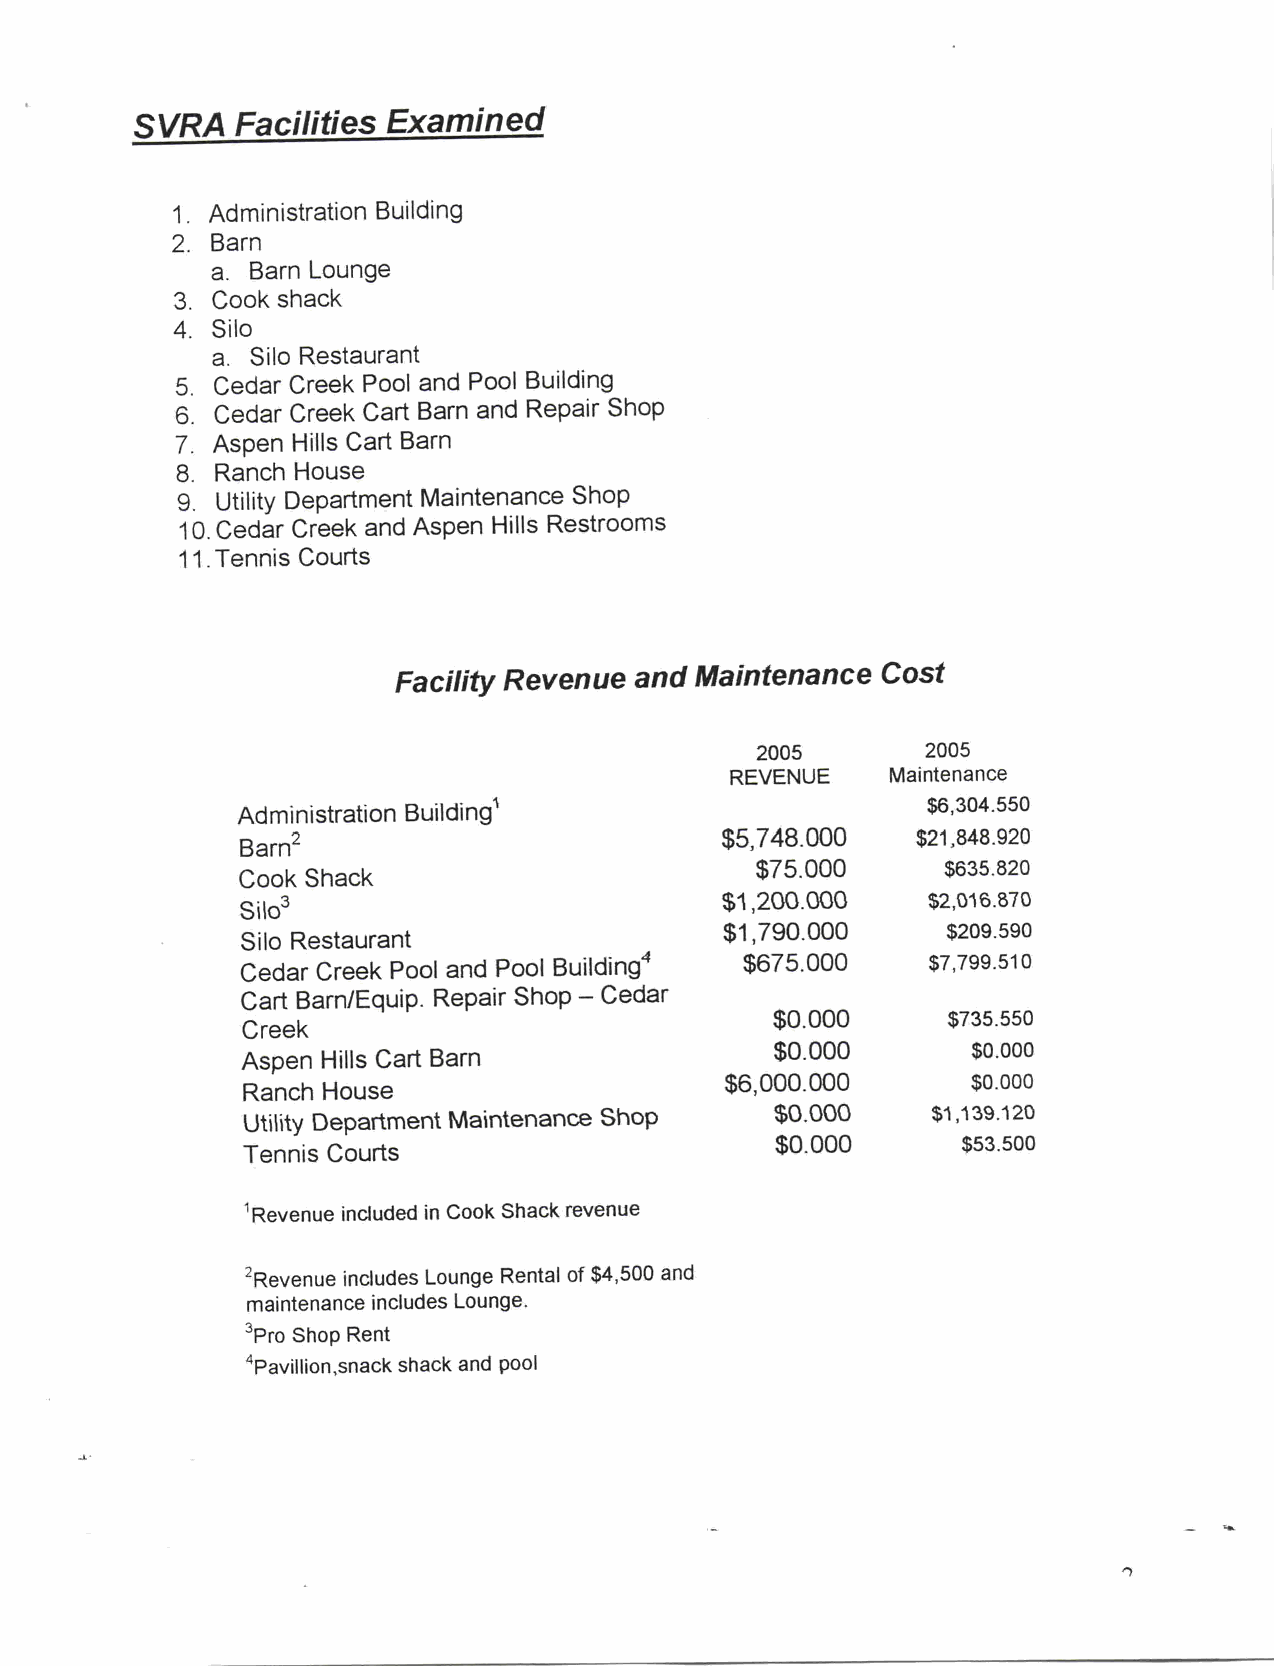
SVRA   Facilities Examined
 1  Administration Building
 2  Barn
 a  Barn Lounge
 3  Cook shack
 4  Silo
 a  Silo Restaurant
 5 Cedar Creek Pool and Pool Building
 6 Cedar Creek Cart Barn and Repair Shop
 7 Aspen Hills Cart Barn
 8 Ranch House
 Utility Department Maintenance Shop
 9
 10 Cedar Creek and Aspen Hills Restrooms
 11Tennis Courts
 Facility Revenue and Maintenance Cost
 2005       2005
 REVENUE    Maintenance
 Administration Building                      6350540
 Barn2                           5704080      28942180
 70050       683250
 Cook Shack
 Silo3                           1200000      2081760
 1709000        250990
 Silo Restaurant
 Cedar Creek Pool and Pool Building 607050    7759190
 Cart BarnEquip Repair Shop Cedar
 0000        753550
 Creek
 0000         o000
 Aspen Hills Cart Barn
 6000000         o000
 Ranch House
 Utility Department Maintenance Shop 0000      1113290
 0000         55030
 Tennis Courts
 Revenue included in Cook Shack revenue
 2Revenue includes Lounge Rental of 4500 and
 maintenance includes Lounge
 3Pro Shop Rent
 4Psanvaillciokn shack and pool